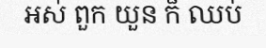
អស់ ពួក យួន ក៏ ឈប់